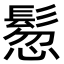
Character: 𩭳